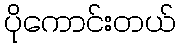
ပိုကောင်းတယ်